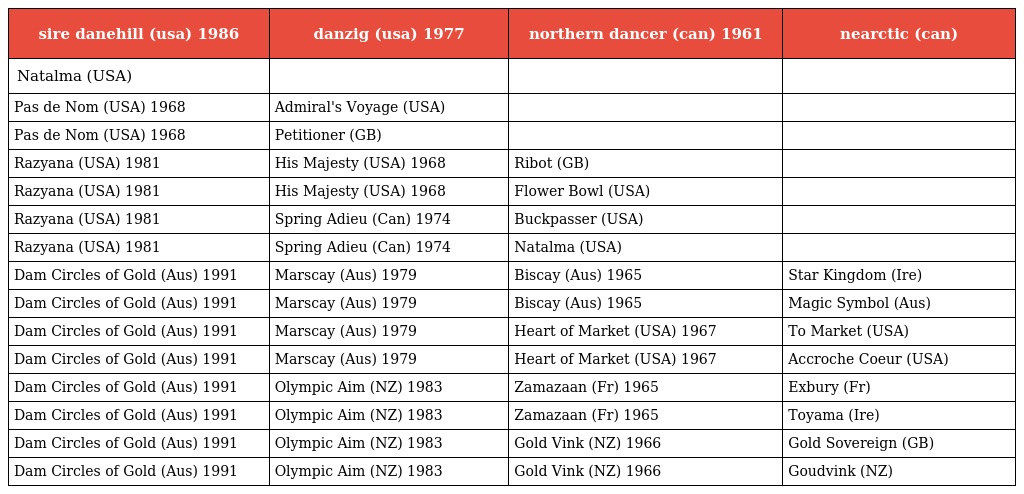
| sire danehill (usa) 1986 | danzig (usa) 1977 | northern dancer (can) 1961 | nearctic (can) |
 | --- | --- | --- | --- |
 | Natalma (USA) |  |  |  |
 | Pas de Nom (USA) 1968 | Admiral's Voyage (USA) |  |  |
 | Pas de Nom (USA) 1968 | Petitioner (GB) |  |  |
 | Razyana (USA) 1981 | His Majesty (USA) 1968 | Ribot (GB) |  |
 | Razyana (USA) 1981 | His Majesty (USA) 1968 | Flower Bowl (USA) |  |
 | Razyana (USA) 1981 | Spring Adieu (Can) 1974 | Buckpasser (USA) |  |
 | Razyana (USA) 1981 | Spring Adieu (Can) 1974 | Natalma (USA) |  |
 | Dam Circles of Gold (Aus) 1991 | Marscay (Aus) 1979 | Biscay (Aus) 1965 | Star Kingdom (Ire) |
 | Dam Circles of Gold (Aus) 1991 | Marscay (Aus) 1979 | Biscay (Aus) 1965 | Magic Symbol (Aus) |
 | Dam Circles of Gold (Aus) 1991 | Marscay (Aus) 1979 | Heart of Market (USA) 1967 | To Market (USA) |
 | Dam Circles of Gold (Aus) 1991 | Marscay (Aus) 1979 | Heart of Market (USA) 1967 | Accroche Coeur (USA) |
 | Dam Circles of Gold (Aus) 1991 | Olympic Aim (NZ) 1983 | Zamazaan (Fr) 1965 | Exbury (Fr) |
 | Dam Circles of Gold (Aus) 1991 | Olympic Aim (NZ) 1983 | Zamazaan (Fr) 1965 | Toyama (Ire) |
 | Dam Circles of Gold (Aus) 1991 | Olympic Aim (NZ) 1983 | Gold Vink (NZ) 1966 | Gold Sovereign (GB) |
 | Dam Circles of Gold (Aus) 1991 | Olympic Aim (NZ) 1983 | Gold Vink (NZ) 1966 | Goudvink (NZ) |